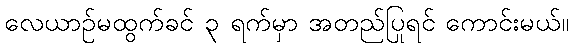
လေယာဉ်မထွက်ခင် ၃ ရက်မှာ အတည်ပြုရင် ကောင်းမယ်။